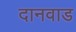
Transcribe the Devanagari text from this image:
दानवाड